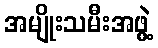
အမျိုးသမီးအဖွဲ့